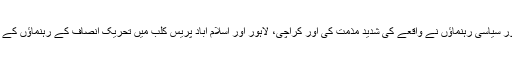
اس واقعے کے بعد ملک بھر کی صحافی برادری اور سیاسی رہنماؤں نے واقعے کی شدید مذمت کی اور کراچی، لاہور اور اسلام آباد پریس کلب میں تحریک انصاف کے رہنماؤں کے 3 روز تک داخلے پر پابندی بھی عائد کر دی گئی۔